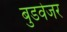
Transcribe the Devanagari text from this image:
बुडवेजर